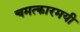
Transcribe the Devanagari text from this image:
चमत्कारमयी